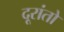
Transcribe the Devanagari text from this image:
दूरांतो